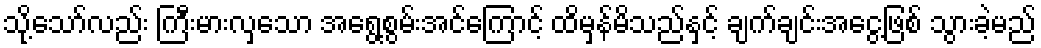
သို့သော်လည်း ကြီးမားလှသော အရွေ့စွမ်းအင်ကြောင့် ထိမှန်မိသည်နှင့် ချက်ချင်းအငွေ့ဖြစ် သွားခဲ့မည်